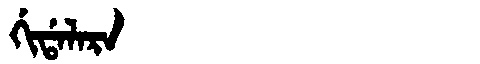
Manchu: ᡤᡳᡩᠠᠯᠠᡵᠠ
Romanization: GIDALARA